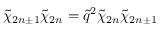
\tilde { \chi } _ { 2 n \pm 1 } \tilde { \chi } _ { 2 n } = \tilde { q } ^ { 2 } \tilde { \chi } _ { 2 n } \tilde { \chi } _ { 2 n \pm 1 }